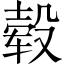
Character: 毂